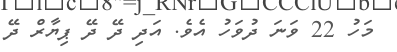
މަހު 22 ވަނަ ދުވަހު އެވެ. އަދި ދޭ ދޭ ޕިޔާރް ދޭ